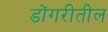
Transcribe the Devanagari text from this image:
डोंगरीतील